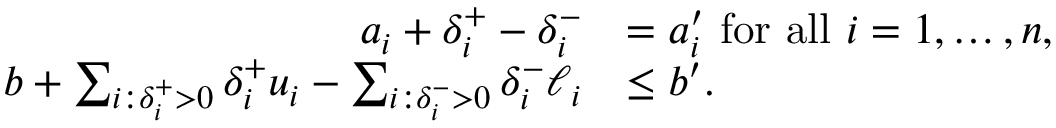
\begin{array} { r l } { a _ { i } + \delta _ { i } ^ { + } - \delta _ { i } ^ { - } } & { = a _ { i } ^ { \prime } \mathrm { ~ f o r ~ a l l ~ } i = 1 , \ldots , n , } \\ { b + \sum _ { i : \delta _ { i } ^ { + } > 0 } \delta _ { i } ^ { + } u _ { i } - \sum _ { i : \delta _ { i } ^ { - } > 0 } \delta _ { i } ^ { - } \ell _ { i } } & { \le b ^ { \prime } . } \end{array}